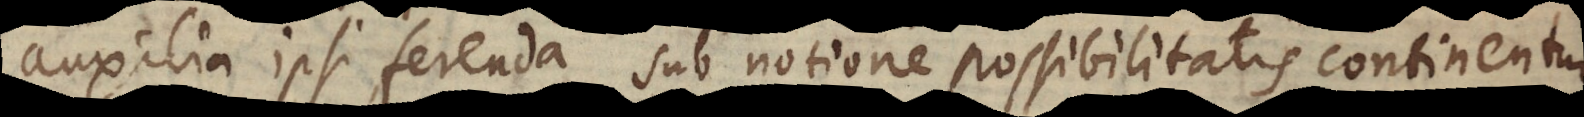
auxilia ipsi ferenda sub notione possibilitatis continentur.